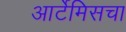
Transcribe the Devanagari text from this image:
आर्टेमिसचा